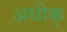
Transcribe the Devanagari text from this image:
अधीक्